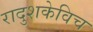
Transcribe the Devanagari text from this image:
रादुशकेविच